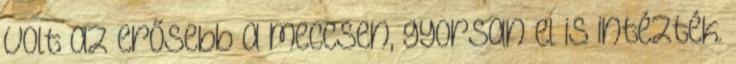
volt az erősebb a meccsen, gyorsan el is intézték.